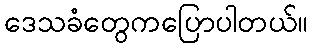
ဒေသခံတွေကပြောပါတယ်။